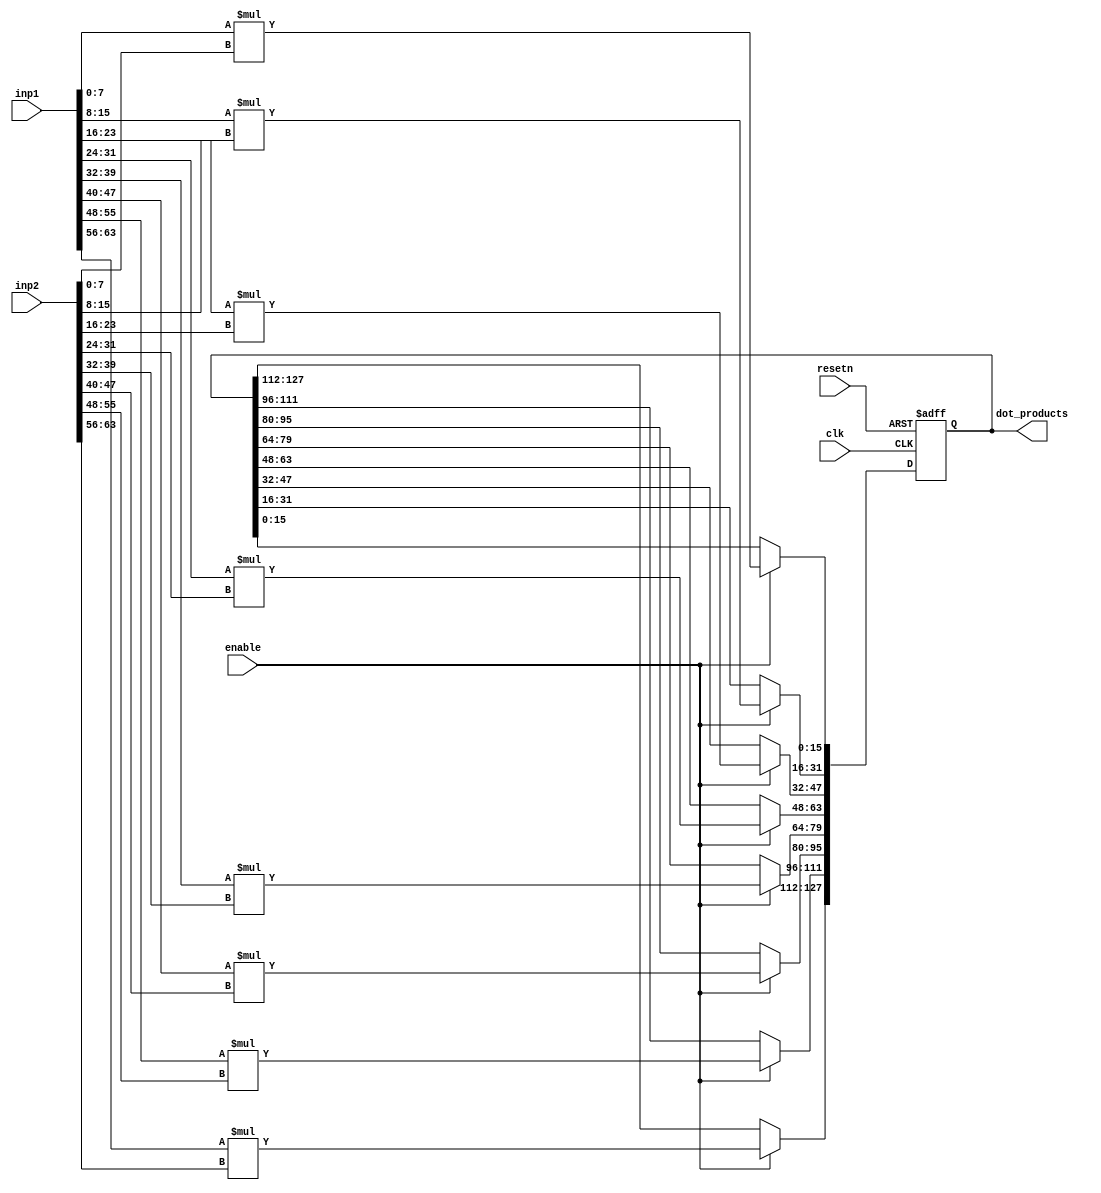
`timescale 1ns/1ps
module MBGD_DOT_PROD_CALC
  #(parameter
      N = 8,//the number of the numbers in a roDW
      N_bit = 3, //the number of bits for 8 100 is 3
      DW1 = 8,//the Data Width of each number in bits for the inp1
      DW2 = 8 //the Data Width of each number in bits for inp2
  )
  (
      input clk,
      input resetn,
      input enable,
      input wire[(DW1 * N) -1 : 0] inp1,
      input wire[(DW2 * N) -1 : 0] inp2,
      output reg [(DW1+DW2)*N -1: 0]dot_products  // intermediate product sums ,128 bits
  );

  
  //assign sums[0] = (inp1[DDW - 1 : 0] * inp2[DDW - 1 : 0]);
  always @ (posedge clk or  negedge resetn)
  begin
    if(!resetn) begin
    
    dot_products <= 0;

     end
      
      else if (enable == 1) begin 
        #12      
        dot_products[(DW1+DW2)*(1)- 1 :0]  <=  (inp1[DW1 - 1 : 0] * inp2[DW2 - 1 : 0]);;
        dot_products[(DW1+DW2)*(N-6)-1:(DW1+DW2)] <=  inp1[ (1 + 1) * DW1 - 1 : 1 * DW1 ] * inp2[ (1 + 1) * DW2 - 1 : 1 * DW2 ];
        dot_products[(DW1+DW2)*(N-5)-1:(DW1+DW2)*(N-6)] <=  inp1[ (2 + 1) * DW1 - 1 : 2 * DW1 ] * inp2[ (2 + 1) * DW2 - 1 : 2 * DW2 ];
        dot_products[(DW1+DW2)*(N-4)-1:(DW1+DW2)*(N-5)] <=  inp1[ (3 + 1) * DW1 - 1 : 3 * DW1 ] * inp2[ (3 + 1) * DW2 - 1 : 3 * DW2 ];
        dot_products[(DW1+DW2)*(N-3)-1:(DW1+DW2)*(N-4)] <=  inp1[ (4 + 1) * DW1 - 1 : 4 * DW1 ] * inp2[ (4 + 1) * DW2 - 1 : 4 * DW2 ];
        dot_products[(DW1+DW2)*(N-2)-1:(DW1+DW2)*(N-3)] <=  inp1[ (5 + 1) * DW1 - 1 : 5 * DW1 ] * inp2[ (5 + 1) * DW2 - 1 : 5 * DW2 ];
        dot_products[(DW1+DW2)*(N-1)-1:(DW1+DW2)*(N-2)] <=  inp1[ (6 + 1) * DW1 - 1 : 6 * DW1 ] * inp2[ (6 + 1) * DW2 - 1 : 6 * DW2 ];
        dot_products[(DW1+DW2)*(N-0)-1:(DW1+DW2)*(N-1)] <=  inp1[ (7 + 1) * DW1 - 1 : 7 * DW1 ] * inp2[ (7 + 1) * DW2 - 1 : 7 * DW2 ];
     end
   end



endmodule